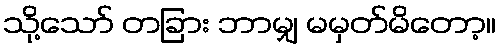
သို့သော် တခြား ဘာမျှ မမှတ်မိတော့။